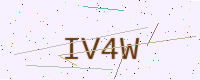
Text: IV4W